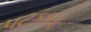
પટકાયો